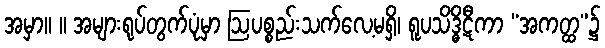
အမှာ။ ။ အများရုပ်တွက်ပုံမှာ ဩပစ္စည်းသက်လေ့မရှိ၊ ရူပသိဒ္ဓိဋီကာ “အကတ္ထ”၌